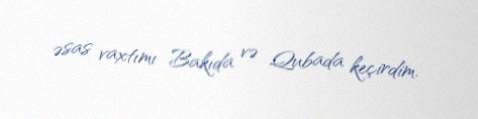
əsas vaxtımı Bakıda və Qubada keçirdim.